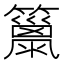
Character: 𥶢